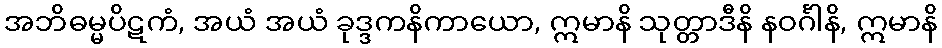
အဘိဓမ္မပိဋကံ, အယံ အယံ ခုဒ္ဒကနိကာယော, ဣမာနိ သုတ္တာဒီနိ နဝင်္ဂါနိ, ဣမာနိ